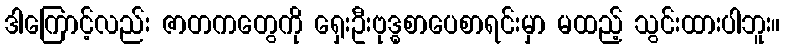
ဒါကြောင့်လည်း ဇာတကတွေကို ရှေးဦးဗုဒ္ဓစာပေစာရင်းမှာ မထည့် သွင်းထားပါဘူး။